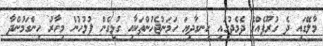
މާލޭގައި ދެ ގުރޫޕެއްގެ ދެމެދުގައި ހިނގާދިޔަ ހަމަނުޖެހުންތަކާއި ގުޅިގެން ފުލުހުން މިހާރު ހިންގަމުންދާ